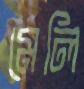
মেলি